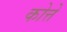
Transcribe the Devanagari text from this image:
कोत्ते